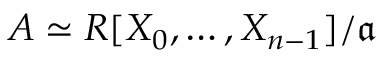
A \simeq R [ X _ { 0 } , \dotsc , X _ { n - 1 } ] / { \mathfrak { a } }